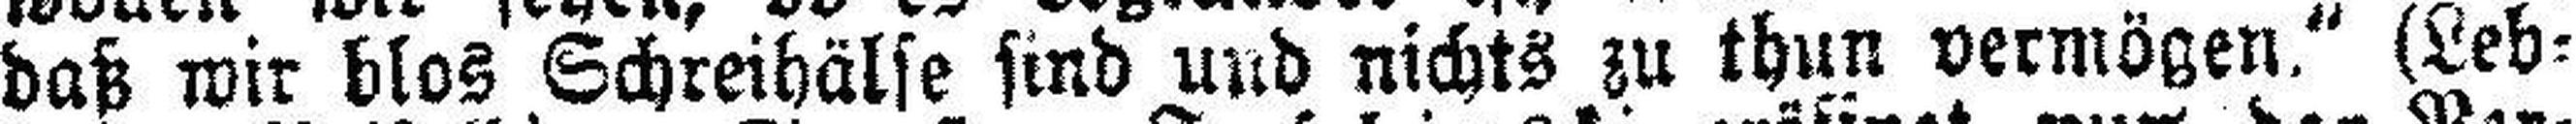
daß wir blos Schreihälse sind und nichts zu thun vermögen.“ (Leb¬